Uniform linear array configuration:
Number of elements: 12
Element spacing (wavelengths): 0.25
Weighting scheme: hann
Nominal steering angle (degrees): -45
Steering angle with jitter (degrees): -46.203
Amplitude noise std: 0.05
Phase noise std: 0.05

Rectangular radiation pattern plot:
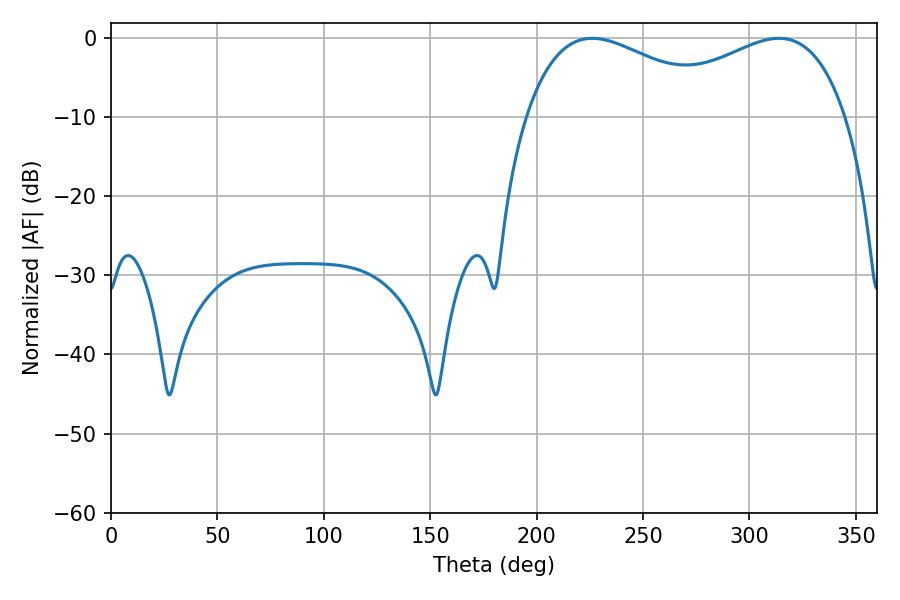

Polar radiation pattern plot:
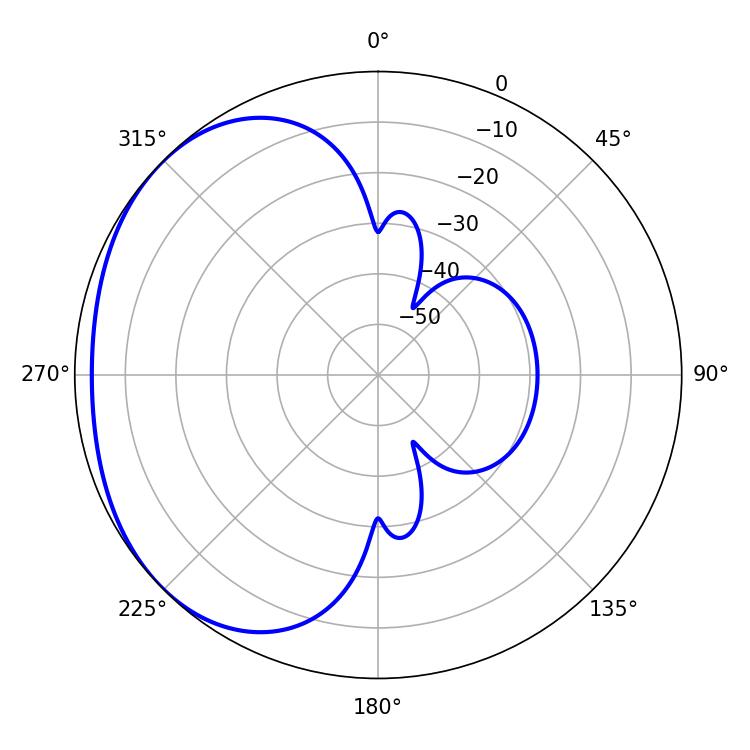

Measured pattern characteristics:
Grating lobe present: FALSE
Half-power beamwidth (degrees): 52.74
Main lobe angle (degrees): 226.08